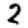
Digit: 2